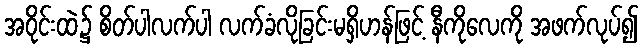
အဝိုင်းထဲ၌ စိတ်ပါလက်ပါ လက်ခံလိုခြင်းမရှိဟန်ဖြင့် နီကိုလေကို အဖက်လုပ်၍